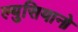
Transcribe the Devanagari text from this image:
ल्युसियानो